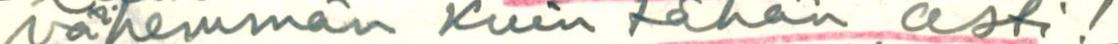
vähemmän kuin tähän asti!